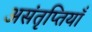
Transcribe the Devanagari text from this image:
असंतृप्तियाँ